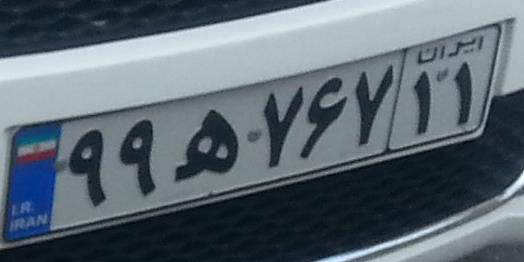
۹۹ه۷۶۷۱۱